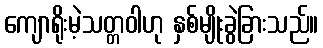
ကျောရိုးမဲ့သတ္တဝါဟု နှစ်မျိုးခွဲခြားသည်။